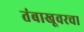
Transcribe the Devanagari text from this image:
तंबाखूवरचा